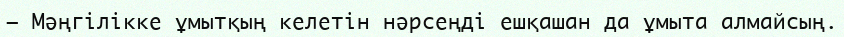
— Мәңгілікке ұмытқың келетін нәрсеңді ешқашан да ұмыта алмайсың.